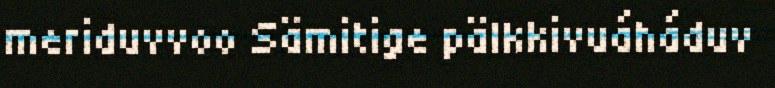
meriduvvoo Sämitige pälkkivuáháduv